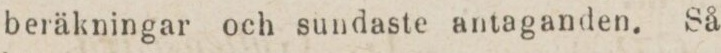
beräkningar och sundaste antaganden. Så